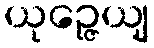
ယုဉ္ဇေယျ